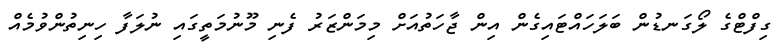
ގިފްޓްގެ ލޯގަނޑުން ބަލަހައްޓައިގެން އިން ޖާހަތުއަށް މިމަންޒަރު ފެނި މޫނުމަތީގައި ނުލަފާ ހިނިތުންވުމެއް